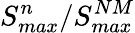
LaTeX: S_{max}^{n}/S_{max}^{NM}